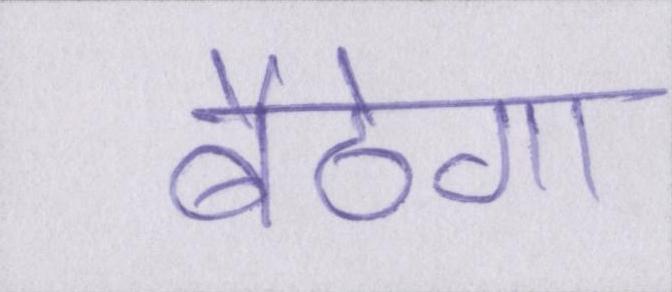
बैठेगा